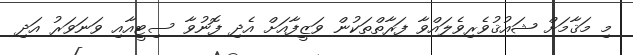
މި މަޤާމަށް ޝައުޤުވެރިވެލައްވާ ފަރާތްތަކުން ވަޒީފާއަށް އެދި ފޮނުވާ ސިޓީއާއި ވަނަވަރު އަދި